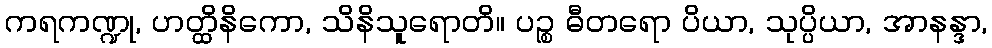
ကရကဏ္ဍု, ဟတ္ထိနိကော, သိနိသူရောတိ။ ပဉ္စ ဓီတရော ပိယာ, သုပ္ပိယာ, အာနန္ဒာ,